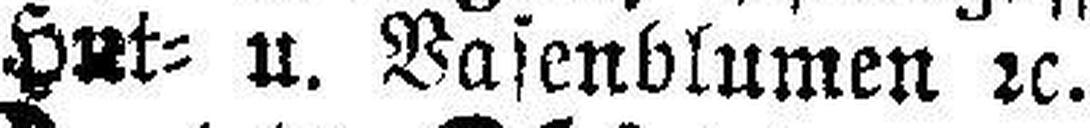
Hut= u. Vasenblumen 2c.